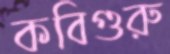
কবিগুরু